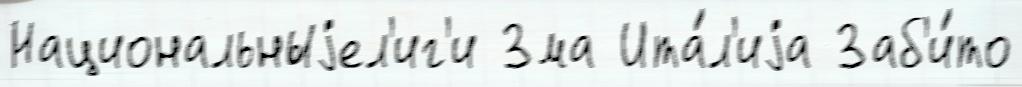
Национальныjел'иг'и Зма Ита́л'иjа Заб'и́то